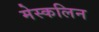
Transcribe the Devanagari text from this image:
मेस्कलिन